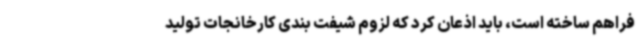
فراهم ساخته است، باید اذعان کرد که لزوم شیفت بندی کارخانجات تولید